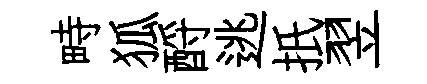
畤狐酹逃扺翌